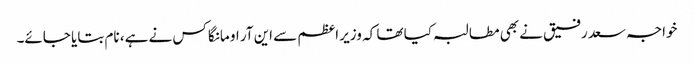
خواجہ سعد رفیق نے بھی مطالبہ کیا تھا کہ وزیر اعظم سے این آر او مانگا کس نے ہے، نام بتایا جائے۔